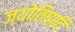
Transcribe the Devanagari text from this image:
ज्योतिषादि